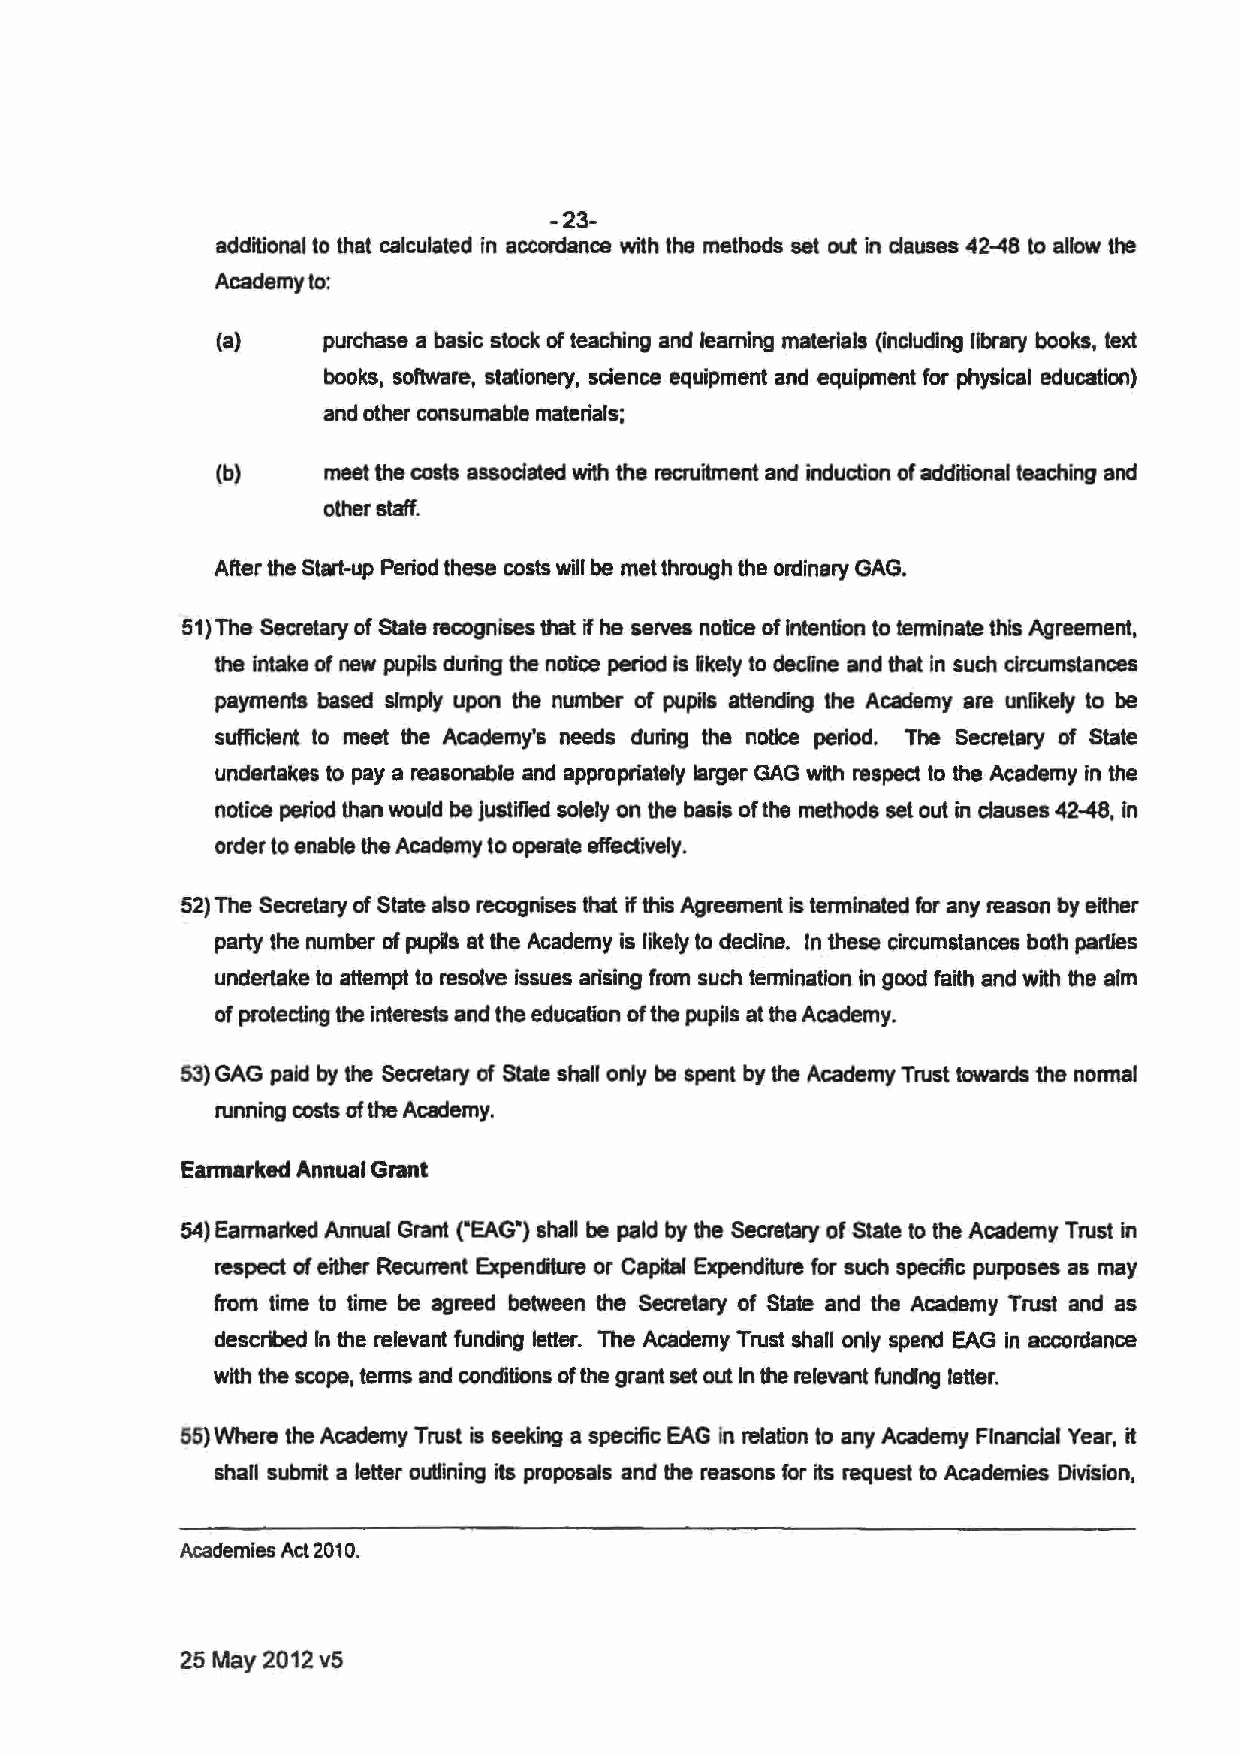
-23-
 additional to that calculated in accordance with the methods set out in clauses 42--48 to allow the
 Academy to:
 (a)    purchase a basic stock of teaching and feaming materials (including library books, text
 books, software, stationery, science equipment and equipment for physical education)
 and other consumable materials;
 (b)     meet the costs associated with the recruitment and induction of additional teaching and
 other staff.
 After the Start-up Period these costs will be met through the ordinary GAG.
 51)The Secretary of State recognises that if he servea notice of Intention to terminate this Agreement,
 the intake of new pupils during the notice period is Rkely to decline and that in such circumstances
 payments based simply upon the number of pupils attending the Academy are unfikely to be
 sufficient to meet the Academy's needs during the notice period. The Secretary of State
 undertakes to pay a reasonable and appropriately larger GAG with respect to the Academy in the
 notice period than would be justified solely on the basis of the methods set out in clauses 42-48, In
 order to enable the Academy to operate effectively.
 52) The Secretary of State also recognises that if this Agreement is terminated for any reason by either
 party the number of pupils at the Academy is likely to decline. In these circumstances both parties
 undertake to attempt to resolve issues arising from such termination in good faith and with the aim
 of protecting the interests and the education of the pupils at the Academy.
 53) GAG paid by the Secretary of State shall only be spent by the Academy Trust towards the normal
 running costs of the Academy.
 Eannarked Annual Grant
 54) Earmarked Annual Grant (•EAG•) shall be paid by the Secretary of State to the Academy Trust in
 respect of either Recurrent Expenditure or Capital Expenditure for such specific purposes as may
 from time to time be agreed between the Secretary of State and the Academy Trust and as
 described fn the relevant funding letter. The Academy Trust shall only spend EAG in accordance
 with the scope, terms and conditions of the grant set out In the relevant funding letter.
 55) Where the Academy Trust is seeking a specific EAG in relation to any Academy Financial Year, it
 shall submit a fetter outlining its proposals and the reasons for its request to Academies Division,
 Academies Act 2010.
 25 May 2012 v5